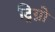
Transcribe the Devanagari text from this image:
ट्रिग्नो